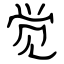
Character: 觉